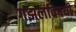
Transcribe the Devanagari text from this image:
गझलविषयी